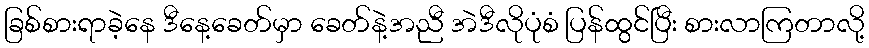
ခြစ်စားရာခဲ့နေ ဒီနေ့ခေတ်မှာ ခေတ်နဲ့အညီ အဲဒီလိုပုံစံ ပြန်ထွင်ပြီး စားလာကြတာလို့